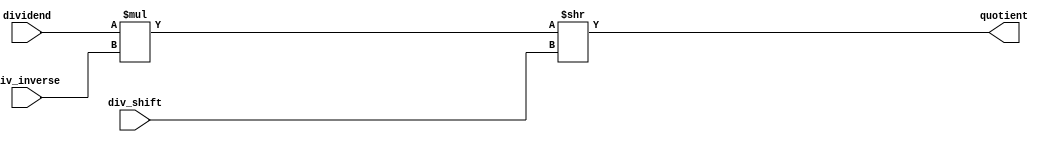
module mul_and_shift
#(parameter DIVIDEND_WIDTH=15,WIDTH_INVERSE=8,WIDTH_SHIFT=4)
(
input [DIVIDEND_WIDTH-1:0] dividend,
input [WIDTH_INVERSE-1:0] div_inverse,
input [  WIDTH_SHIFT-1:0] div_shift,

output [DIVIDEND_WIDTH-1:0] quotient
);

wire[DIVIDEND_WIDTH+WIDTH_INVERSE-1:0] mul_out = dividend * div_inverse;
wire[DIVIDEND_WIDTH+WIDTH_INVERSE-1:0] shift_out = mul_out >> div_shift;

assign quotient = shift_out[DIVIDEND_WIDTH-1:0];
/*
always @(*) begin //if the result of the quotient is greater than 255, then clip the value to 255.
	if (quotient>255)
		quotient=255;
	else
	    quotient=quotient;
end

*/
endmodule